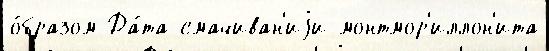
о́бразом Да́та смачиван'иjи монтмор'иллон'ита